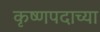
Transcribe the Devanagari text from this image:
कृष्णपदाच्या